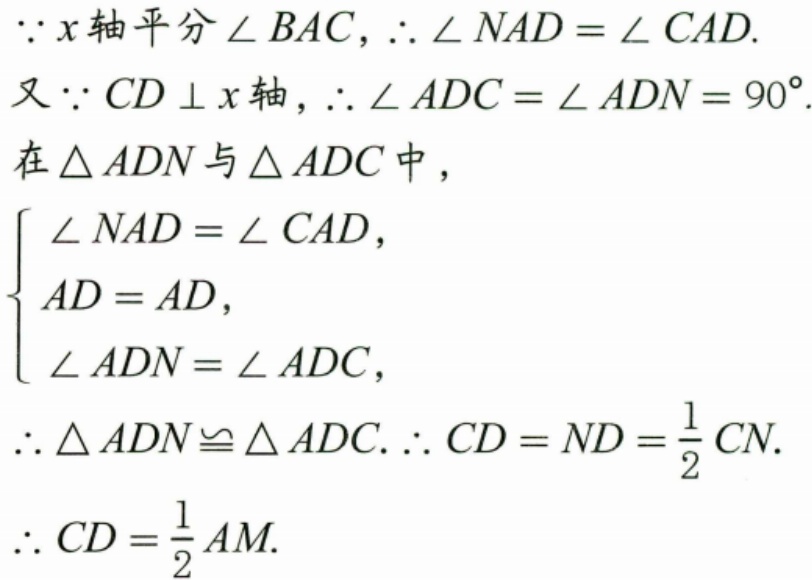
$\because x$轴平分$\angle BAC$，$\therefore \angle NAD=\angle CAD.$
又$\because CD\perp x$轴，$\therefore \angle ADC=\angle ADN = 90^{\circ}.$
在$\triangle ADN$与$\triangle ADC$中，
$\left\{\begin{array}{l}
\angle NAD=\angle CAD,\\
AD = AD,\\
\angle ADN=\angle ADC,
\end{array}\right.$
$\therefore \triangle ADN\cong \triangle ADC.\therefore CD = ND=\frac{1}{2}CN.$
$\therefore CD=\frac{1}{2}AM.$